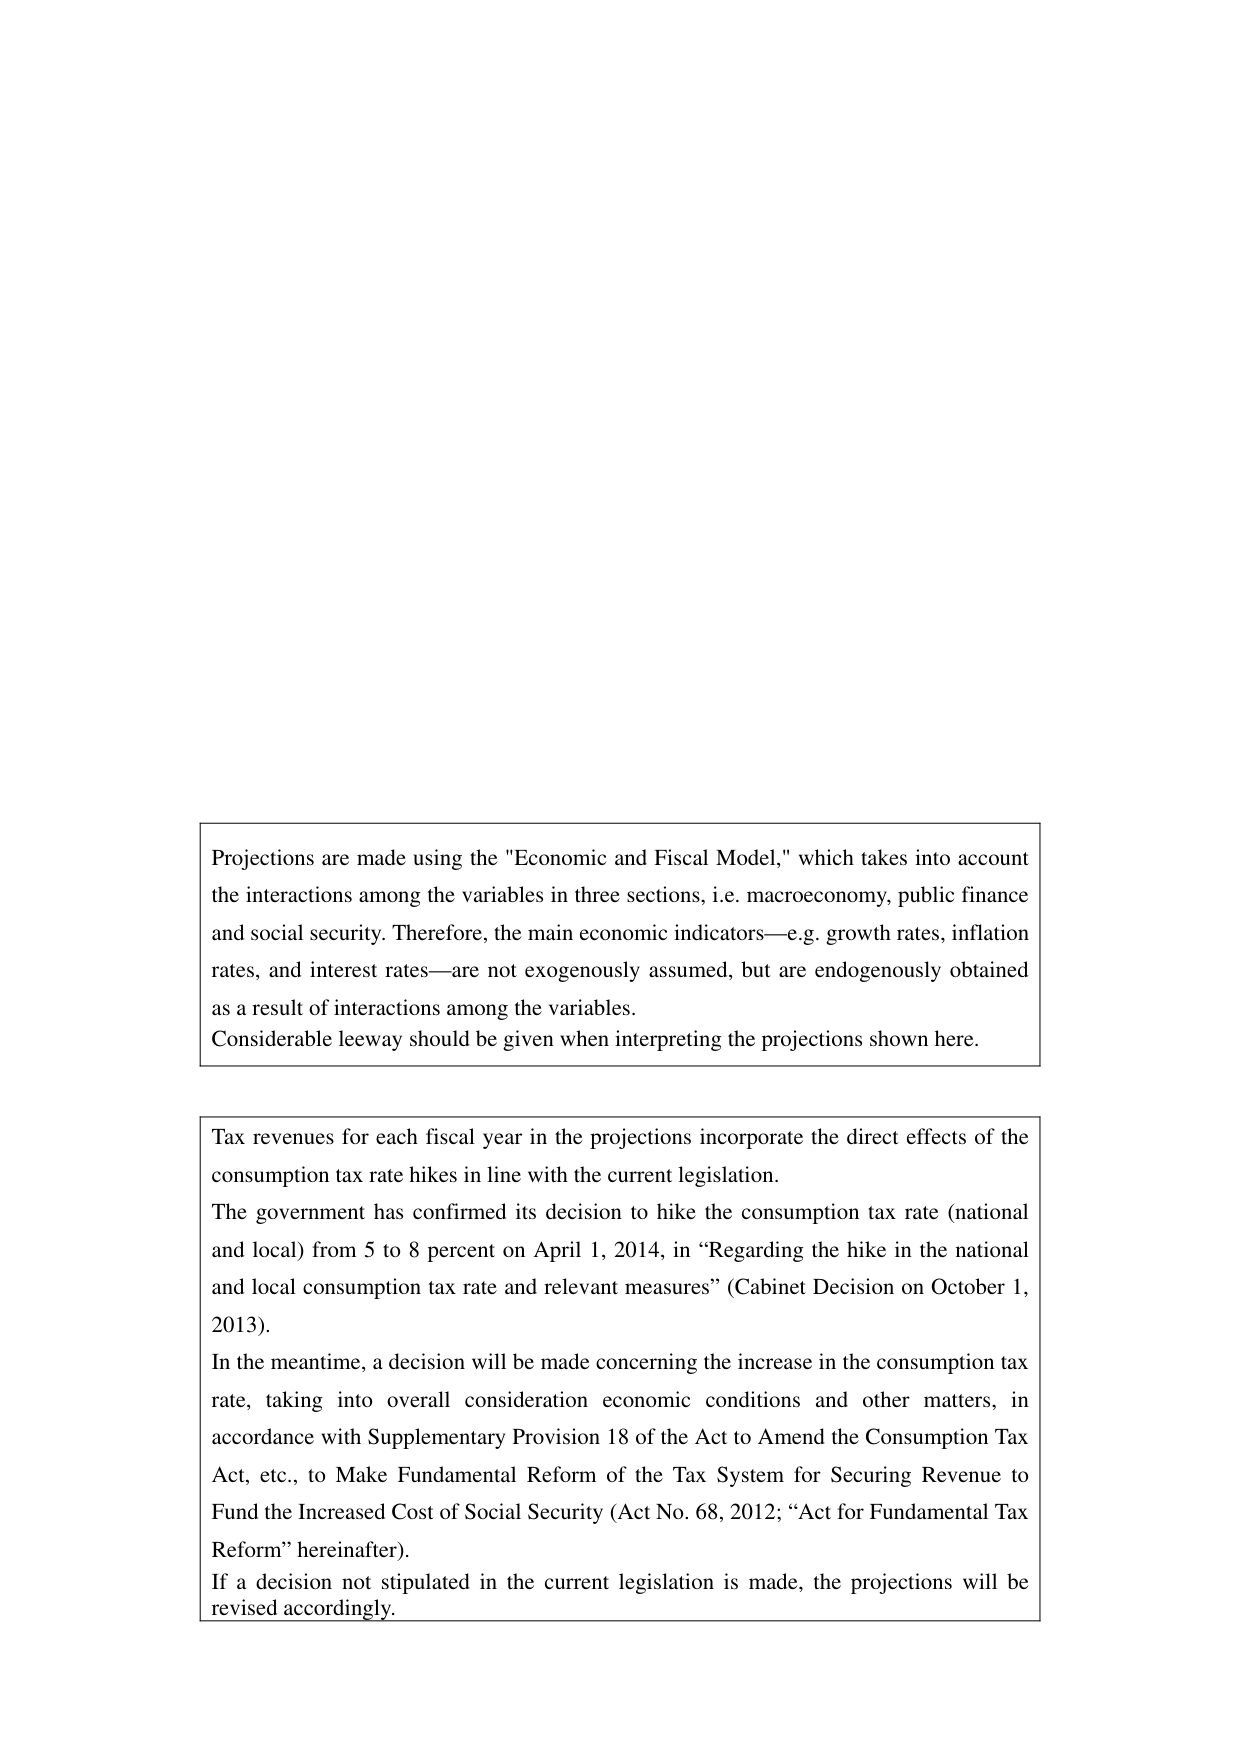
Projections are made using the "Economic and Fiscal Model," which takes into account the interactions among the variables in three sections, i.e. macroeconomy, public finance and social security. Therefore, the main economic indicators—e.g. growth rates, inflation rates, and interest rates—are not exogenously assumed, but are endogenously obtained as a result of interactions among the variables. Considerable leeway should be given when interpreting the projections shown here.

Tax revenues for each fiscal year in the projections incorporate the direct effects of the consumption tax rate hikes in line with the current legislation. The government has confirmed its decision to hike the consumption tax rate (national and local) from 5 to 8 percent on April 1, 2014, in “Regarding the hike in the national and local consumption tax rate and relevant measures” (Cabinet Decision on October 1, 2013). In the meantime, a decision will be made concerning the increase in the consumption tax rate, taking into overall consideration economic conditions and other matters, in accordance with Supplementary Provision 18 of the Act to Amend the Consumption Tax Act, etc., to Make Fundamental Reform of the Tax System for Securing Revenue to Fund the Increased Cost of Social Security (Act No. 68, 2012; “Act for Fundamental Tax Reform” hereinafter). If a decision not stipulated in the current legislation is made, the projections will be revised accordingly.